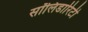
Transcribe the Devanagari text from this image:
सॉलिडारिटी